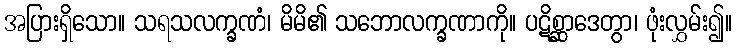
အပြားရှိသော။ သရသလက္ခဏံ၊ မိမိ၏ သဘောလက္ခဏာကို။ ပဋိစ္ဆာဒေတွာ၊ ဖုံးလွှမ်း၍။